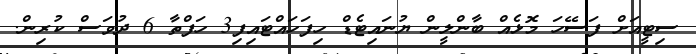
ސިޓީއަށް ފަސޭހަ މޮޅެއް ބާންލީން ޔުނައިޓެޑް ހިފަހައްޓައިފި3 ހަފްތާ 6 ދުވަސް ކުރިން.